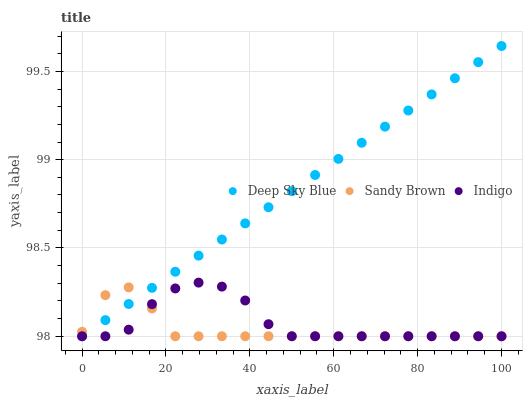
| xaxis_label | Deep Sky Blue | Sandy Brown | Indigo |
 | --- | --- | --- | --- |
 | 0 | 98 | 98 | 98 |
 | 5.56 | 98.1 | 98.2 | 98 |
 | 11.1 | 98.2 | 98.3 | 98 |
 | 16.7 | 98.3 | 98.2 | 98.2 |
 | 22.2 | 98.4 | 98 | 98.3 |
 | 27.8 | 98.5 | 98 | 98.3 |
 | 33.3 | 98.5 | 98 | 98.3 |
 | 38.9 | 98.6 | 98 | 98.2 |
 | 44.4 | 98.7 | 98 | 98.1 |
 | 50 | 98.8 | 98 | 98 |
 | 55.6 | 98.9 | 98 | 98 |
 | 61.1 | 99 | 98 | 98 |
 | 66.7 | 99.1 | 98 | 98 |
 | 72.2 | 99.2 | 98 | 98 |
 | 77.8 | 99.3 | 98 | 98 |
 | 83.3 | 99.4 | 98 | 98 |
 | 88.9 | 99.5 | 98 | 98 |
 | 94.4 | 99.6 | 98 | 98 |
 | 100 | 99.6 | 98 | 98 |